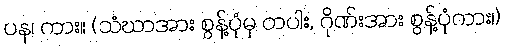
ပန၊ ကား။ (သံဃာအား စွန့်ပုံမှ တပါး, ဂိုဏ်းအား စွန့်ပုံကား၊)